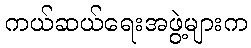
ကယ်ဆယ်ရေးအဖွဲ့များက